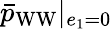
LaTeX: \bar{p}_{\mathrm{WW}}|_{e_{1}=0}